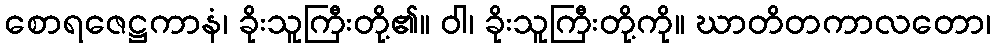
စောရဇေဋ္ဌကာနံ၊ ခိုးသူကြီးတို့၏။ ဝါ၊ ခိုးသူကြီးတို့ကို။ ဃာတိတကာလတော၊